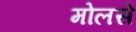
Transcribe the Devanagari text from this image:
मोलसे